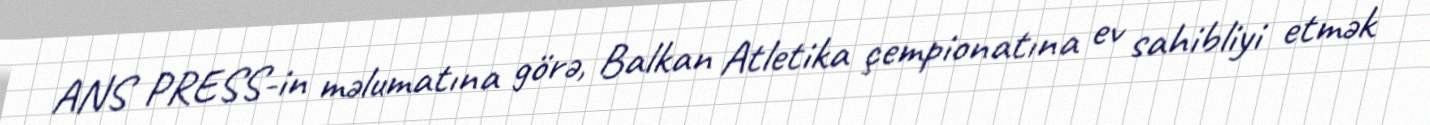
ANS PRESS-in məlumatına görə, Balkan Atletika çempionatına ev sahibliyi etmək